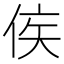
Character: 𬾗